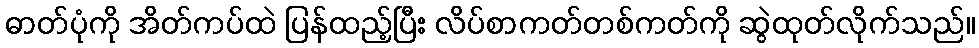
ဓာတ်ပုံကို အိတ်ကပ်ထဲ ပြန်ထည့်ပြီး လိပ်စာကတ်တစ်ကတ်ကို ဆွဲထုတ်လိုက်သည်။